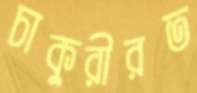
চাকুরীরত